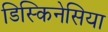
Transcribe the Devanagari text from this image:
डिस्किनेसिया